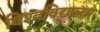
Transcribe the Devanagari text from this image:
विश्‍वविद्यालय